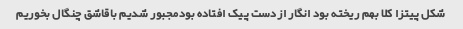
شکل پیتزا کلا بهم ریخته بود انگار ازدست پیک افتاده بودمجبور شدیم باقاشق چنگال بخوریم